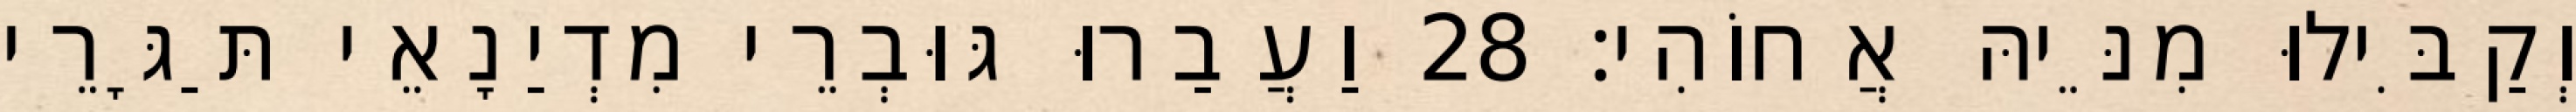
וְקַבִּילוּ מִנֵּיהּ אֲחוֹהִי׃ 28 וַעֲבַרוּ גּוּבְרֵי מִדְיַנָאֵי תַּגָּרֵי